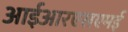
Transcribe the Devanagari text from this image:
आईआरएसएमई